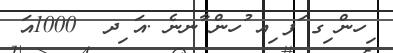
ިހން ިގ ަފ ިއ ުހން ާނނެ .އަ ިދ  1000އަ